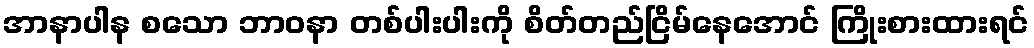
အာနာပါန စသော ဘာဝနာ တစ်ပါးပါးကို စိတ်တည်ငြိမ်နေအောင် ကြိုးစားထားရင်